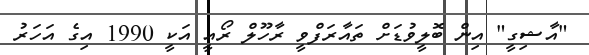
"އާޝިގީ" އިން ބޮލީވުޑަށް ތައާރަފްވީ ރާހޫލް ރޯއީ އަކީ 1990 އިގެ އަހަރު